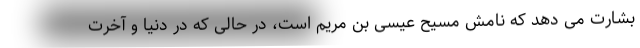
بشارت می دهد که نامش مسیح عیسی بن مریم است، در حالی که در دنیا و آخرت